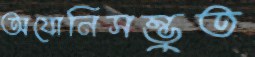
অযোনিসম্ভুত